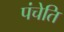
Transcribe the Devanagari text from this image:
पंचेति